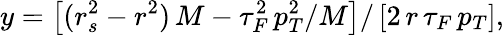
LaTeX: y=\left[(r_{s}^{2}-r^{2})\, M-\tau_{F}^{2}\, p_{T}^{2}/M\right]/\left[2\, r\, \tau_{F}\, p_{T}\right],